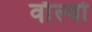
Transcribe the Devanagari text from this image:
वाॅल्वो